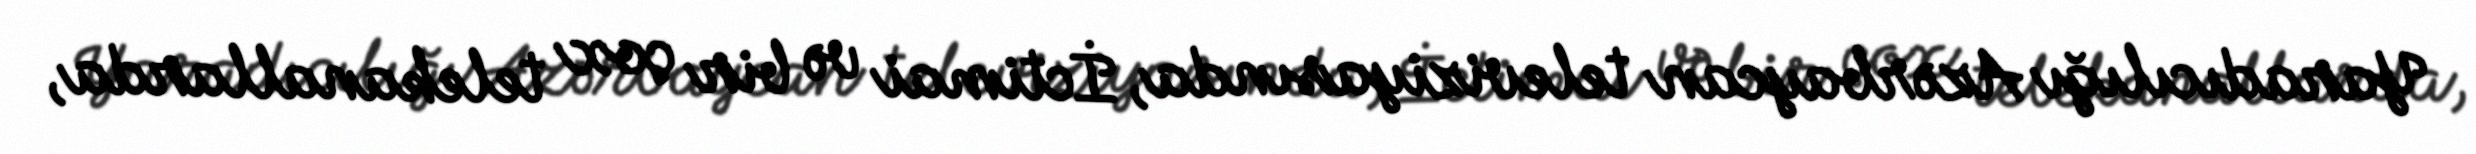
Yaradıcılığı Azərbaycan televiziyasında, İctimai və bir çox telekanallarda,